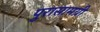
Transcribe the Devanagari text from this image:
पुरासामग्री